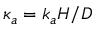
\kappa _ { a } = k _ { a } H / D